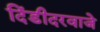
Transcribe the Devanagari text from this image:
दिंडीदरवाजे